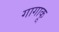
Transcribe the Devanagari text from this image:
गागाकू